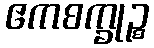
ဧကစက္ခုဉ္စ